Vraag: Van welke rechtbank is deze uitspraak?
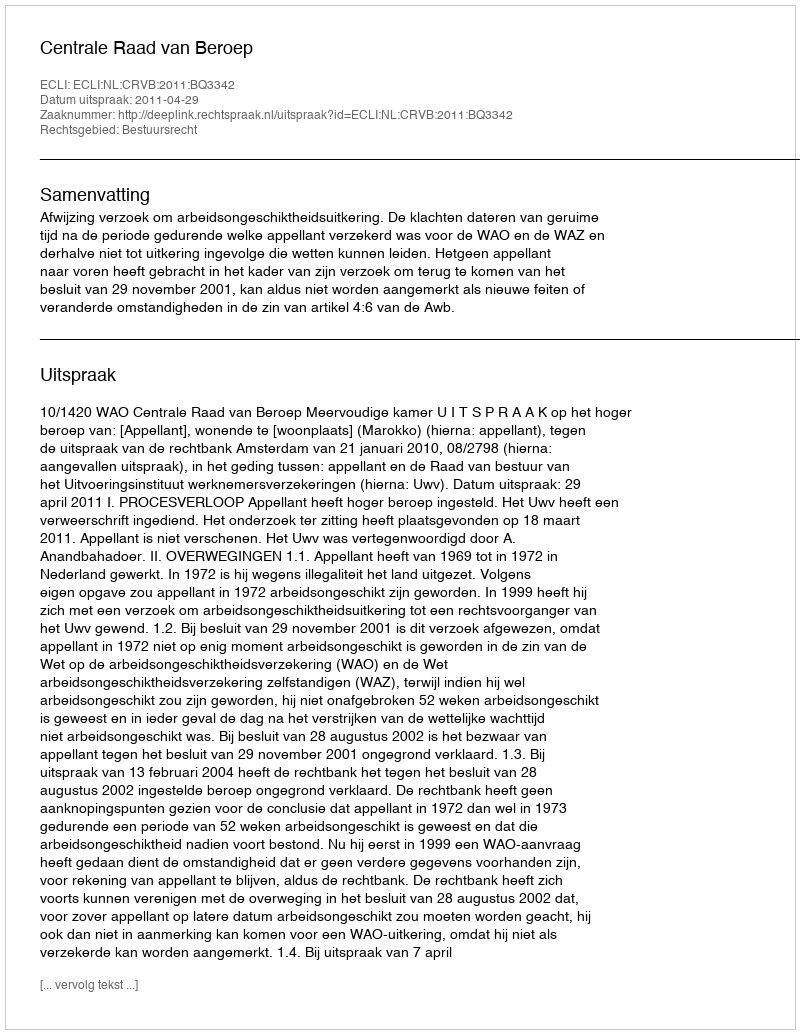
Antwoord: Centrale Raad van Beroep